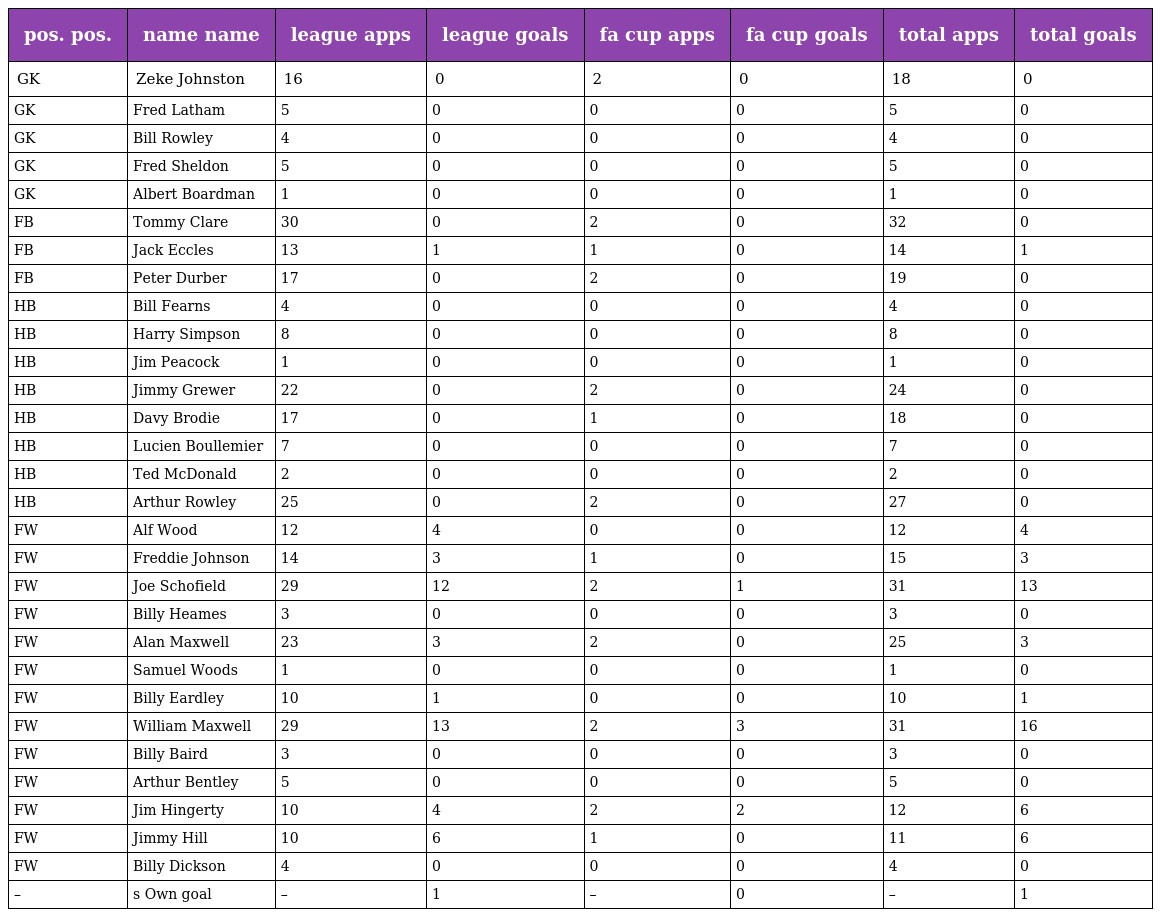
| pos. pos. | name name | league apps | league goals | fa cup apps | fa cup goals | total apps | total goals |
 | --- | --- | --- | --- | --- | --- | --- | --- |
 | GK | Zeke Johnston | 16 | 0 | 2 | 0 | 18 | 0 |
 | GK | Fred Latham | 5 | 0 | 0 | 0 | 5 | 0 |
 | GK | Bill Rowley | 4 | 0 | 0 | 0 | 4 | 0 |
 | GK | Fred Sheldon | 5 | 0 | 0 | 0 | 5 | 0 |
 | GK | Albert Boardman | 1 | 0 | 0 | 0 | 1 | 0 |
 | FB | Tommy Clare | 30 | 0 | 2 | 0 | 32 | 0 |
 | FB | Jack Eccles | 13 | 1 | 1 | 0 | 14 | 1 |
 | FB | Peter Durber | 17 | 0 | 2 | 0 | 19 | 0 |
 | HB | Bill Fearns | 4 | 0 | 0 | 0 | 4 | 0 |
 | HB | Harry Simpson | 8 | 0 | 0 | 0 | 8 | 0 |
 | HB | Jim Peacock | 1 | 0 | 0 | 0 | 1 | 0 |
 | HB | Jimmy Grewer | 22 | 0 | 2 | 0 | 24 | 0 |
 | HB | Davy Brodie | 17 | 0 | 1 | 0 | 18 | 0 |
 | HB | Lucien Boullemier | 7 | 0 | 0 | 0 | 7 | 0 |
 | HB | Ted McDonald | 2 | 0 | 0 | 0 | 2 | 0 |
 | HB | Arthur Rowley | 25 | 0 | 2 | 0 | 27 | 0 |
 | FW | Alf Wood | 12 | 4 | 0 | 0 | 12 | 4 |
 | FW | Freddie Johnson | 14 | 3 | 1 | 0 | 15 | 3 |
 | FW | Joe Schofield | 29 | 12 | 2 | 1 | 31 | 13 |
 | FW | Billy Heames | 3 | 0 | 0 | 0 | 3 | 0 |
 | FW | Alan Maxwell | 23 | 3 | 2 | 0 | 25 | 3 |
 | FW | Samuel Woods | 1 | 0 | 0 | 0 | 1 | 0 |
 | FW | Billy Eardley | 10 | 1 | 0 | 0 | 10 | 1 |
 | FW | William Maxwell | 29 | 13 | 2 | 3 | 31 | 16 |
 | FW | Billy Baird | 3 | 0 | 0 | 0 | 3 | 0 |
 | FW | Arthur Bentley | 5 | 0 | 0 | 0 | 5 | 0 |
 | FW | Jim Hingerty | 10 | 4 | 2 | 2 | 12 | 6 |
 | FW | Jimmy Hill | 10 | 6 | 1 | 0 | 11 | 6 |
 | FW | Billy Dickson | 4 | 0 | 0 | 0 | 4 | 0 |
 | – | s Own goal | – | 1 | – | 0 | – | 1 |